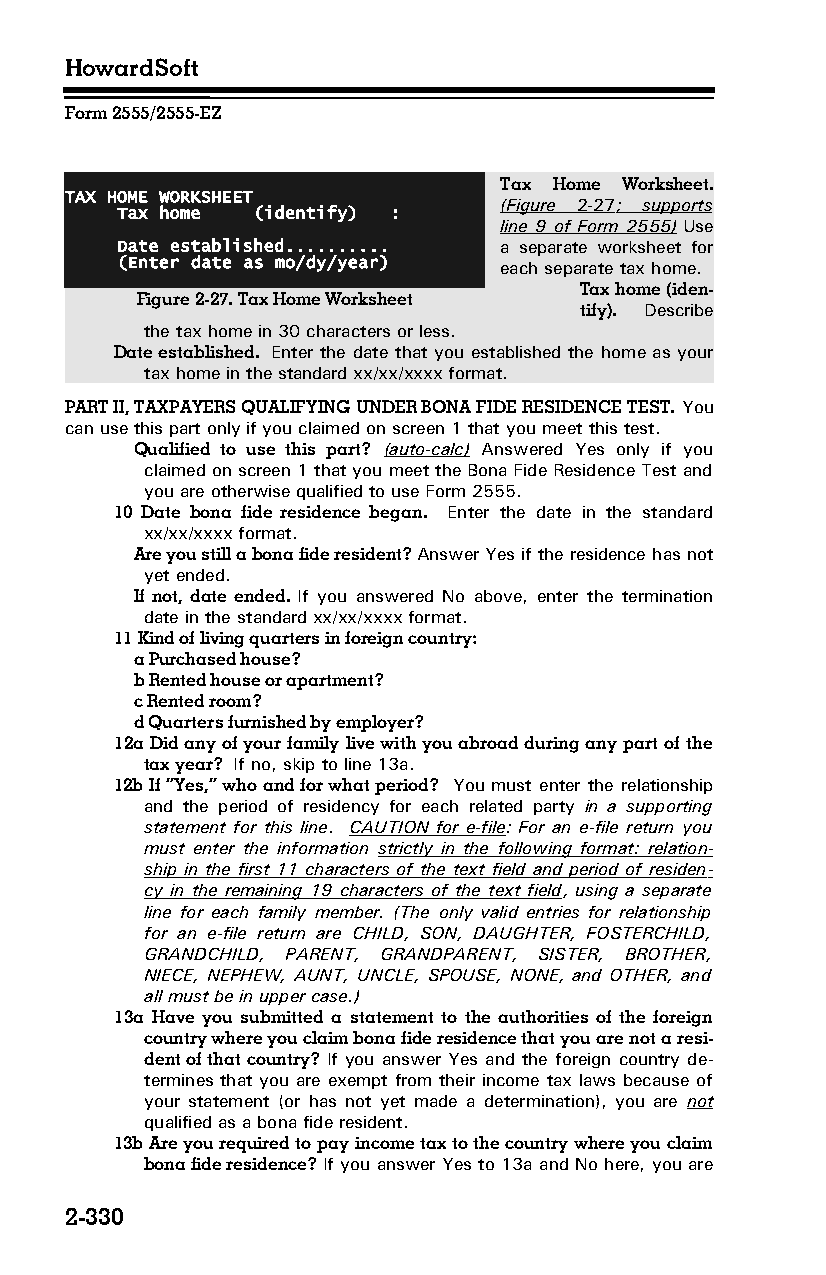
HowardSoft
 Form 2555/2555-EZ
 Tax Home Worksheet.
 TAX HOME WORKSHEET
 (Figure 2-27 ; supports
 Tax home (identify) :
 line 9 of Form 2555) Use
 Date established.......... a separate worksheet for
 (Enter date as mo/dy/year) each separate tax home.
 Tax home (iden­
 Figure 2-27. Tax Home Worksheet
 tify). Describe
 the tax home in 30 characters or less.
 Date established. Enter the date that you established the home as your
 tax home in the standard xx/xx/xxxx format.
 PART II, TAXPAYERS QUALIFYING UNDER BONA FIDE RESIDENCE TEST. You
 can use this part only if you claimed on screen 1 that you meet this test.
 Qualified to use this part? (auto-calc) Answered Yes only if you
 claimed on screen 1 that you meet the Bona Fide Residence Test and
 you are otherwise qualified to use Form 2555.
 10 Date bona fide residence began. Enter the date in the standard
 xx/xx/xxxx format.
 Are you still a bona fide resident? Answer Yes if the residence has not
 yet ended.
 If not, date ended. If you answered No above, enter the termination
 date in the standard xx/xx/xxxx format.
 11 Kind of living quarters in foreign country:
 a Purchased house?
 b Rented house or apartment?
 c Rented room?
 d Quarters furnished by employer?
 12a Did any of your family live with you abroad during any part of the
 tax year? If no, skip to line 13a.
 12b If “Yes,” who and for what period? You must enter the relationship
 and the period of residency for each related party in a supporting
 statement for this line. CAUTION for e-file: For an e-file return you
 must enter the information strictly in the following format: relation­
 ship in the first 11 characters of the text field and period of residen­
 cy in the remaining 19 characters of the text field, using a separate
 line for each family member. (The only valid entries for relationship
 for an e-file return are CHILD, SON, DAUGHTER, FOSTERCHILD,
 GRANDCHILD, PARENT, GRANDPARENT, SISTER, BROTHER,
 NIECE, NEPHEW, AUNT, UNCLE, SPOUSE, NONE, and OTHER, and
 all must be in upper case.)
 13a Have you submitted a statement to the authorities of the foreign
 country where you claim bona fide residence that you are not a resi­
 dent of that country? If you answer Yes and the foreign country de­
 termines that you are exempt from their income tax laws because of
 your statement (or has not yet made a determination), you are not
 qualified as a bona fide resident.
 13b Are you required to pay income tax to the country where you claim
 bona fide residence? If you answer Yes to 13a and No here, you are
 2-330